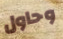
وحاول